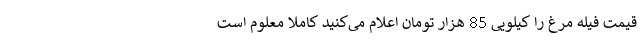
قیمت فیله مرغ را کیلویی 85 هزار تومان اعلام می‌کنید کاملا معلوم است